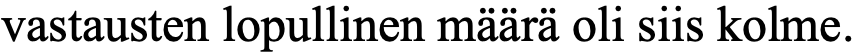
vastausten lopullinen määrä oli siis kolme.